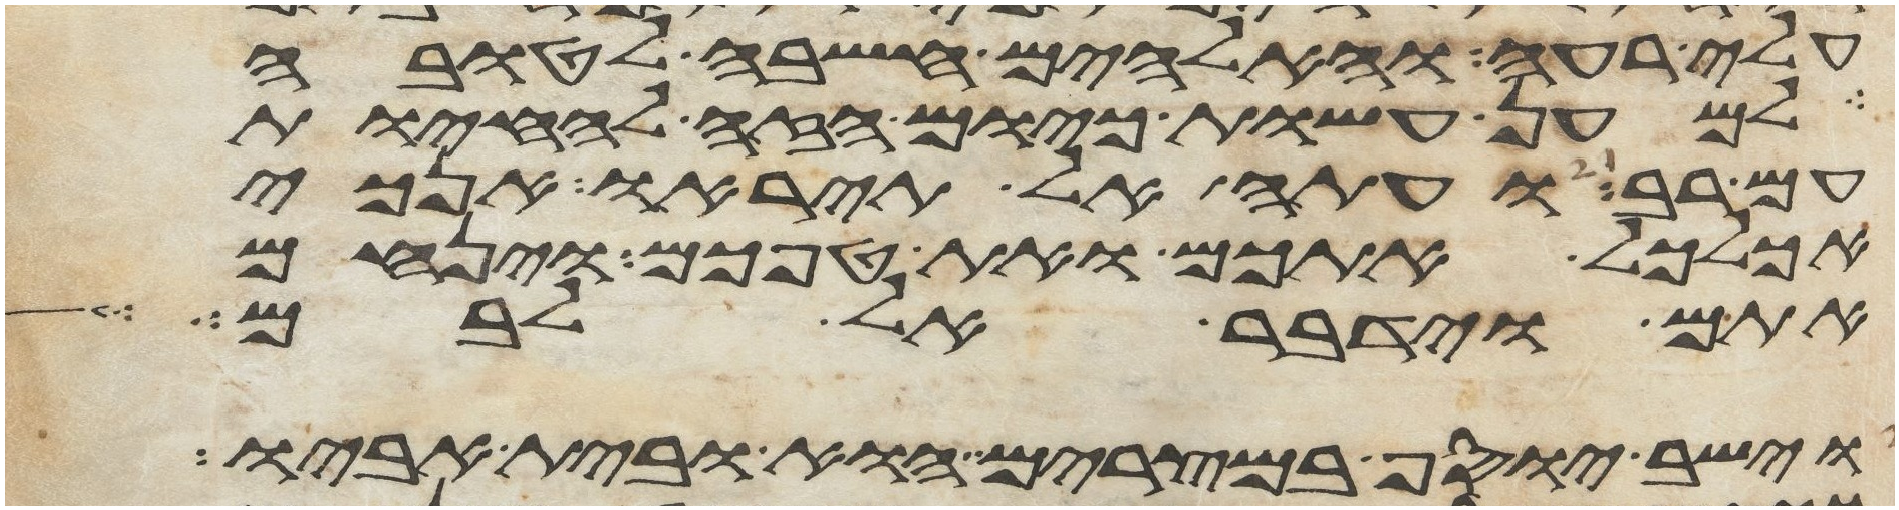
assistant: עלי רעה והאלהים חשבה לטובה
למען עשות כיום הזה להחיות
עם רב ועתה אל תיראו אנכי
אכלכל אתכם ואת טפכם וינחם
אתם וידבר אל לבם
וישב יוסף במצרים הוא ובית אביו